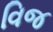
વિજ